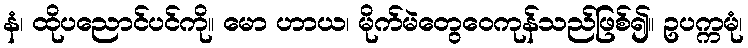
နံ၊ ထိုပညောင်ပင်ကို။ မော ဟာယ၊ မိုက်မဲတွေဝေကုန်သည်ဖြစ်၍။ ဥပက္ကမုံ၊